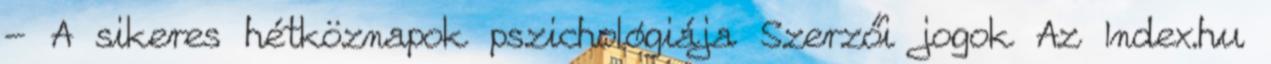
- A sikeres hétköznapok pszichológiája Szerzői jogok Az Index.hu